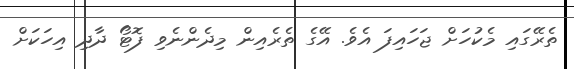
ތެރޭގައި މެކުހަށް ޖަހައިފަ އެވެ. އޭގެ ތެރެއިން މިދެންނެވި ފޮޓޯ ދާދި އިހަކަށް